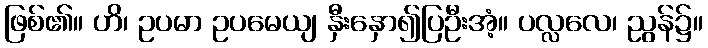
ဖြစ်၏။ ဟိ၊ ဥပမာ ဥပမေယျ နှီးနှော၍ပြဦးအံ့။ ပလ္လလေ၊ ညွန်၌။